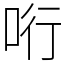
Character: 哘